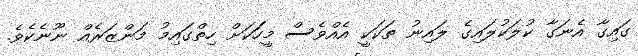
ގައިގާ އެނަގާ ކުލަކުލައިގެ ލައިނު ތަކަކީ އެއްވެސް މީހަަކަށް ހިތްގައިމު މަންޒަރެއް ނޫނެކެވެ.